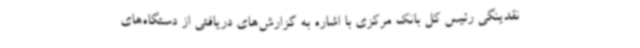
نقدینگی رئیس کل بانک مرکزی با اشاره به گزارش‌های دریافتی از دستگاه‌های